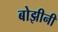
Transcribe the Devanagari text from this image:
बोझीनी